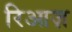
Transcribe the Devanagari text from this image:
रिआज़